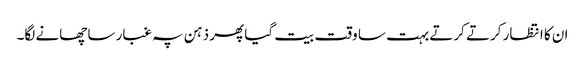
ان کا انتظار کرتے کرتے بہت سا وقت بیت گیا پھر ذہن پہ غبار سا چھانے لگا۔